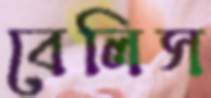
বেলিস